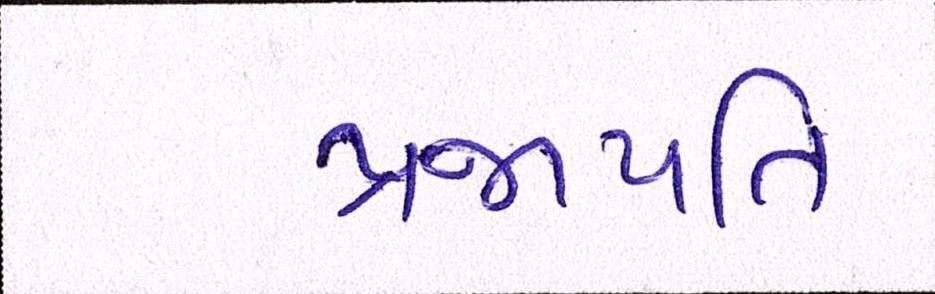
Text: પ્રજાપતિ